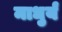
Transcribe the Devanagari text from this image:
माधुर्यं